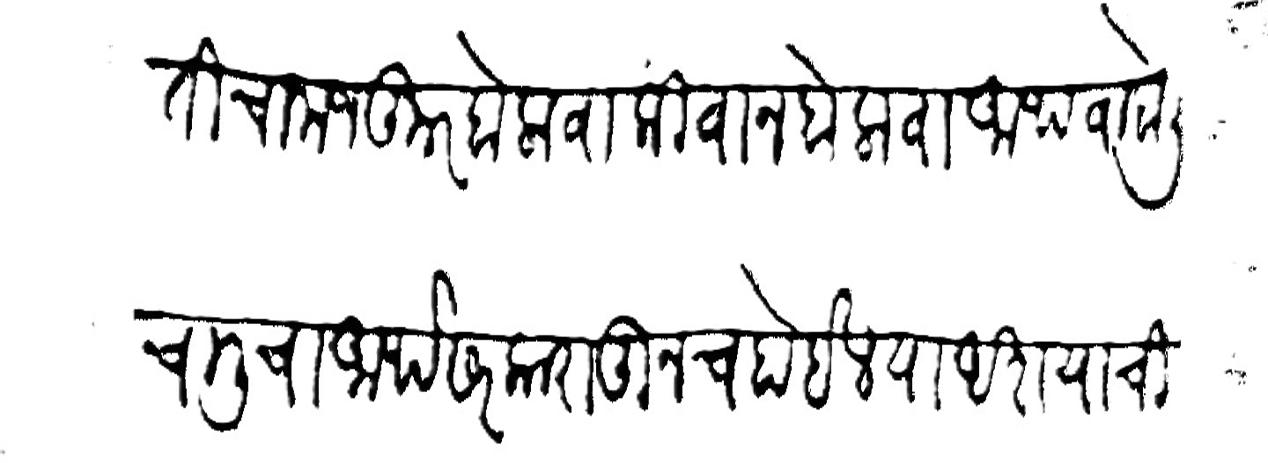
Transliteration (Devanagari): मामलतीचा मजकूर बोलावा किंवा न बोलावा आथवा बोली चालीचा आर्थ सरकारातूनच होईल या अशयाची